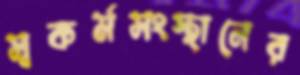
স্বকর্মসংস্থানের